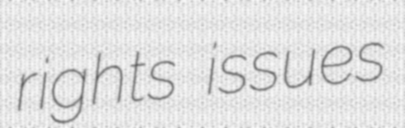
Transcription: rights issues